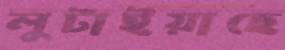
লুটাইয়াছে